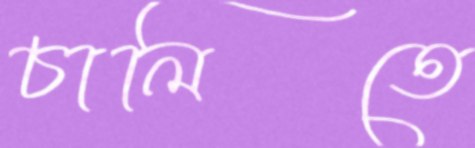
চালিতে